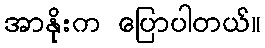
အာနိုးက ပြောပါတယ်။